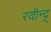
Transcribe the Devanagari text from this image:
रवीन्द्र्